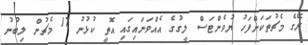
ރޭގެ މެޗުތަކަށްފަހު ޔުވެންޓަސް ލީގުގެ އެއްވަނައިގައި އޮތީ ކުޅުނު 17 މެޗުން ލިބުނު